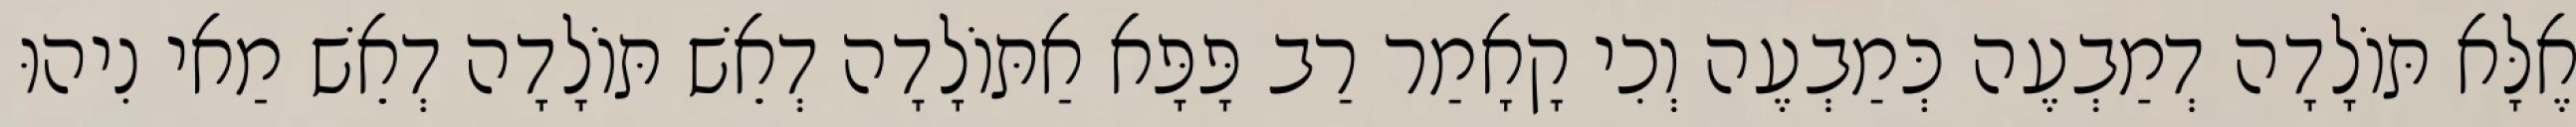
אֶלָּא תּוֹלָדָה דְמַבְעֶה כְּמַבְעֶה וְכִי קָאָמַר רַב פָּפָּא אַתּוֹלָדָה דְאֵשׁ תּוֹלָדָה דְאֵשׁ מַאי נִיהוּ